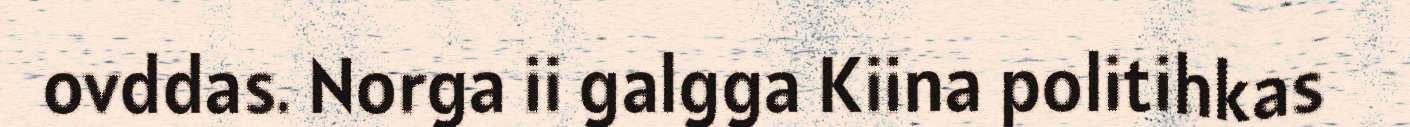
ovddas. Norga ii galgga Kiina politihkas